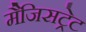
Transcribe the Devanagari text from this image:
मैजिसट्रेट